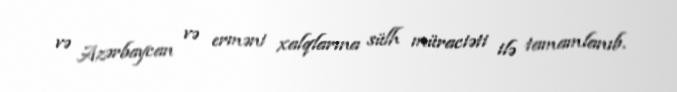
və Azərbaycan və erməni xalqlarına sülh müraciəti ilə tamamlanıb.